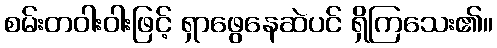
စမ်းတဝါးဝါးဖြင့် ရှာဖွေနေဆဲပင် ရှိကြသေး၏။